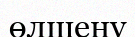
өлшену